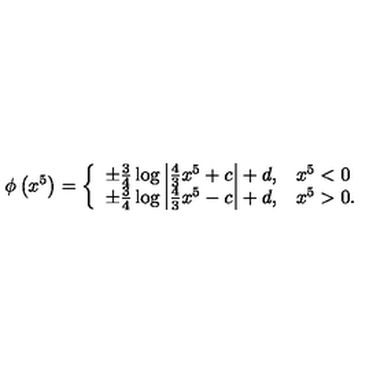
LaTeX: \phi \left( x ^ { 5 } \right) = \left\{ \begin{array} { l l } { \pm \frac { 3 } { 4 } \log \left| \frac { 4 } { 3 } x ^ { 5 } + c \right| + d , } & { x ^ { 5 } < 0 } \\ { \pm \frac { 3 } { 4 } \log \left| \frac { 4 } { 3 } x ^ { 5 } - c \right| + d , } & { x ^ { 5 } > 0 . } \\ \end{array} \right.